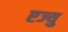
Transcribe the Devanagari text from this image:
एज्‍यु